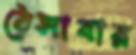
ঠেসাবার